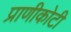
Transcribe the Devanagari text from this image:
प्राणीकोटी